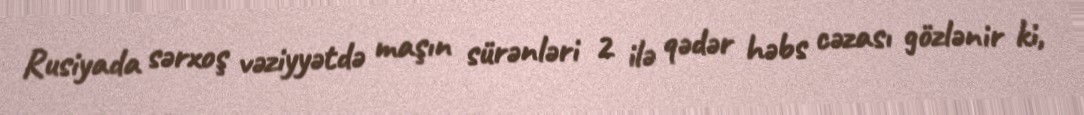
Rusiyada sərxoş vəziyyətdə maşın sürənləri 2 ilə qədər həbs cəzası gözlənir ki,